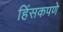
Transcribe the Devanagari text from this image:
हिंसकपणे